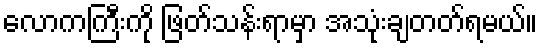
လောကကြီးကို ဖြတ်သန်းရာမှာ အသုံးချတတ်ရမယ်။